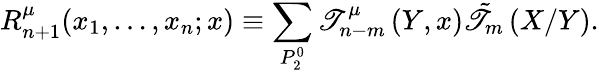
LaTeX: R_{n+1}^{\mu}(x_{1},\ldots,x_{n};x)\equiv\sum_{P_{2}^{0}}\mathscr{T}_{n-m}^{\mu}\left(Y,x\right)\tilde{{\mathscr{T}}}_{m}\left(X/Y\right).